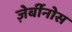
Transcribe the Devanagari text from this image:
ज़ेर्बीनोस